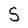
Character: S